Assam Mental Hospital (Tezpur, India) - 1933-1948
Year: 1933
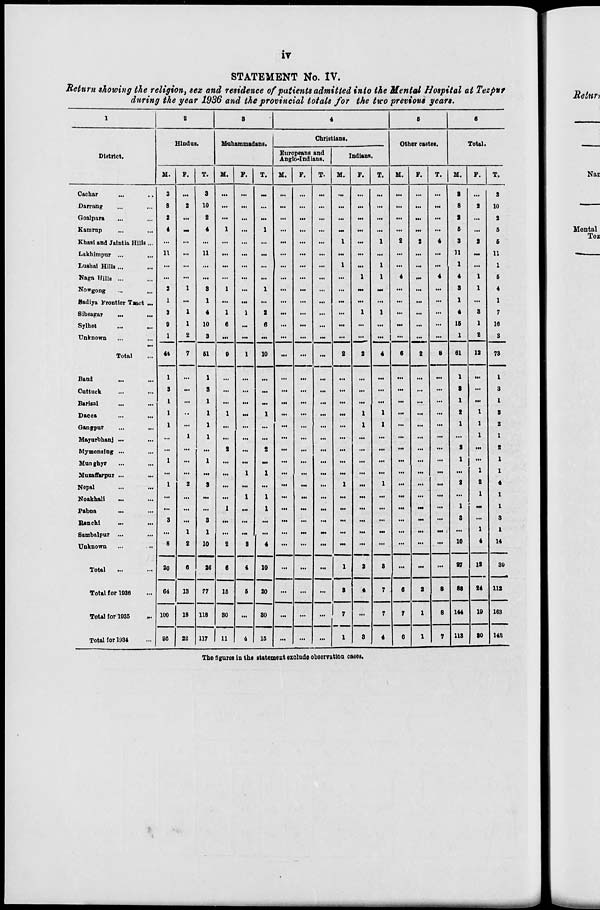
iv
STATEMENT No. IV.
Return showing the religion, sex and residence of patients admitted into the Mental Hospital at Tezpur
during the year 1936 and the provincial totals for the two previous years.
1
District.
Cachar ... ...
Darrang ... ...
Goalpara ... ...
Kamrup ... ...
Khasi and Jaintia Hills ...
Lakhimpur ... ...
Lushai Hills ... ...
Naga Hills ... ...
Nowgong ... ...
Sadiya Frontier Tract ...
Sibsagar ... ...
Sylhet ... ...
Unknown ... ...
Total ...
Baud ... ...
Cuttuck ... ...
Barisal ... ...
Dacca ... ...
Gangpur ... ...
Mayurbhanj ...
...
Mymensing ... ...
Munghyr ... ...
Mussffarpur ... ...
Nepal ... ...
Noakhali ... ...
Pabna ... ...
Ranchi
...
...
Sambalpur ... ...
Unknown ... ...
Total ... ...
Total for 1936 ...
Total for 1935 ...
Total for 1934 ...
2
Hindus.
M.
3
8
2
4
...
11
...
...
2
1
3
9
1
44
1
3
1
1
1
...
...
1
...
1
...
...
3
...
8
20
64
100
95
F.
...
2
...
...
...
...
...
...
1
...
1
1
2
7
...
...
...
...
...
1
...
...
...
2
...
...
...
1
2
6
13
18
22
T.
3
10
2
4
...
11
...
...
3
1
4
10
3
51
1
3
1
1
1
1
...
1
...
3
...
...
3
1
10
26
77
118
117
3
Mahammadans.
M.
...
...
...
1
...
...
...
...
1
...
1
6
...
9
...
...
...
1
...
...
2
...
...
...
...
1
...
...
2
6
15
30
11
F.
...
...
...
...
...
...
...
...
...
...
1
...
...
1
...
...
...
...
...
...
...
...
1
...
1
...
...
...
2
4
5
...
4
T.
...
...
...
1
...
...
...
...
1
...
2
6
...
10
...
...
...
1
...
...
2
...
1
...
1
1
...
...
4
10
20
30
15
4
Christians.
Europeans and
Anglo-Indians.
M.
...
...
...
...
...
...
...
...
...
...
...
...
...
...
...
...
...
...
...
...
...
...
...
...
...
...
...
...
...
...
...
...
...
F.
...
...
...
...
...
...
...
...
...
...
...
...
...
...
...
...
...
...
...
...
...
...
...
...
...
...
...
...
...
...
...
...
...
T.
...
...
...
...
...
...
...
...
...
...
...
...
...
...
...
...
...
...
...
...
...
...
...
...
...
...
...
...
...
...
...
...
...
Indians.
M.
...
...
...
...
1
...
1
...
...
...
...
...
...
2
...
...
...
...
...
...
...
...
...
1
...
...
...
...
...
1
3
7
1
F.
...
...
...
...
...
...
...
1
...
...
1
...
...
2
...
...
...
1
1
...
...
...
...
...
...
...
...
...
...
2
4
...
3
T.
...
...
...
...
1
...
1
1
...
...
1
...
...
4
...
...
...
1
1
...
...
...
...
1
...
...
...
...
...
3
7
7
4
5
Other castes.
M.
...
...
...
...
2
...
...
4
...
...
...
...
...
6
...
...
...
...
...
...
...
...
...
...
...
...
...
...
...
...
6
7
6
F.
...
...
...
...
2
...
...
...
...
...
...
...
...
2
...
...
...
...
...
...
...
...
...
...
...
...
...
...
...
...
2
1
1
T.
...
...
...
...
4
...
...
4
...
...
...
...
...
8
...
...
...
...
...
...
...
...
...
...
...
...
...
...
...
...
8
8
7
6
Total.
M.
3
8
2
5
3
11
1
4
3
1
4
15
1
61
1
3
1
2
1
...
2
1
...
2
...
1
3
...
10
27
88
144
113
F.
...
2
...
...
2
...
...
1
1
...
3
1
2
12
...
...
...
1
1
1
...
...
1
2
1
...
...
1
4
12
24
19
30
T.
3
10
2
5
5
11
1
5
4
1
7
16
3
73
1
3
1
3
2
1
2
1
1
4
1
1
3
1
14
39
112
163
143
The figures in the statement exclude observation cases.